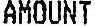
AMOUNT